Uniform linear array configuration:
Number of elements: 12
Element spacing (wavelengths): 1
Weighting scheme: hann
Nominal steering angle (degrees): -30
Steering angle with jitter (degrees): -29.679
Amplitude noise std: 0.05
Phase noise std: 0.05

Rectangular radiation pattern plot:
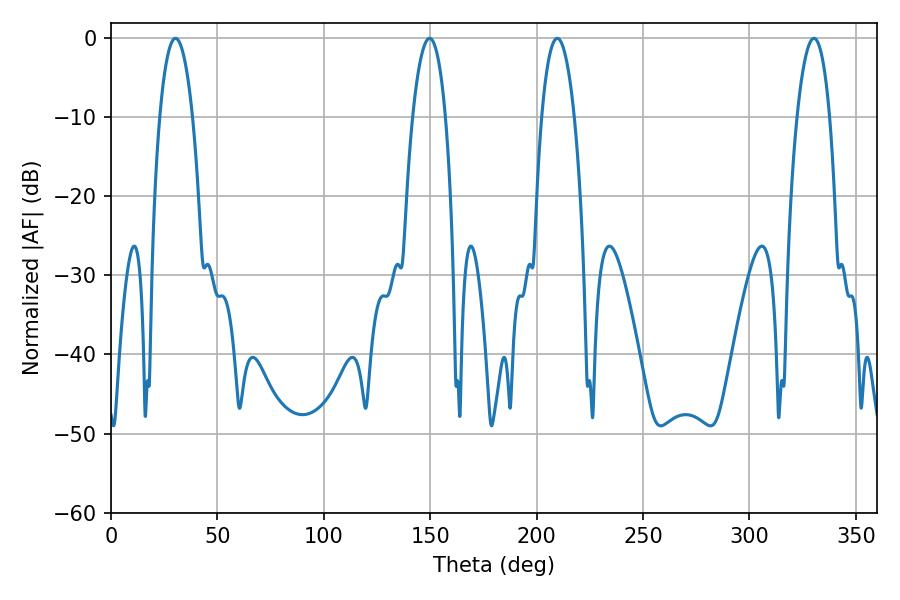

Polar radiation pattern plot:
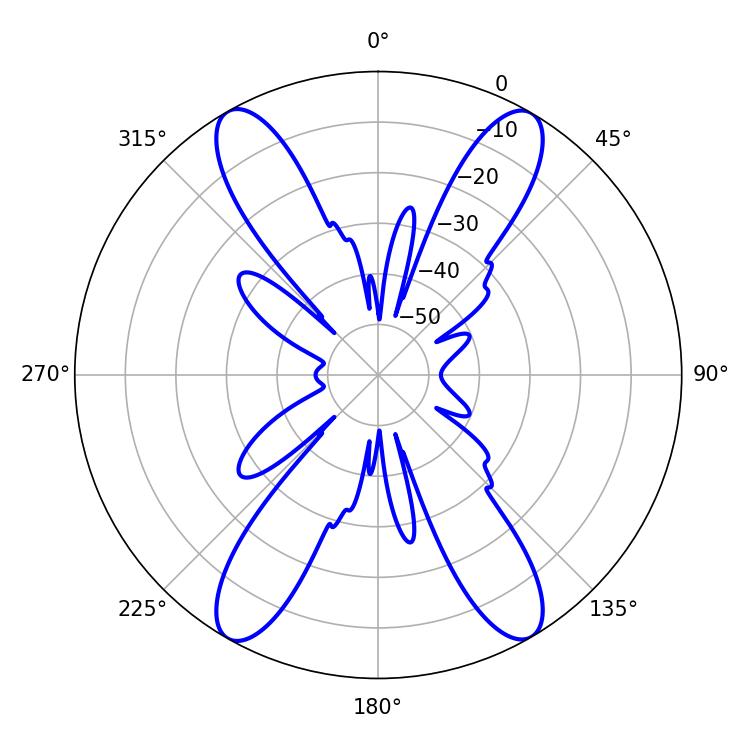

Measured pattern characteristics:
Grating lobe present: TRUE
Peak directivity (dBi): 27.651
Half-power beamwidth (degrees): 8.46
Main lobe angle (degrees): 209.7